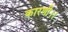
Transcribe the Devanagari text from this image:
कारणी।।